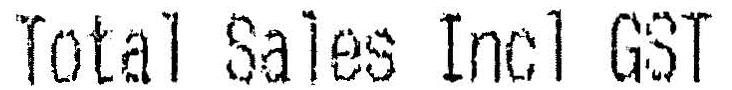
TOTAL SALES INCL GST